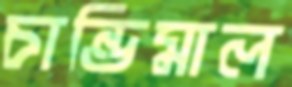
চান্ডিমাল